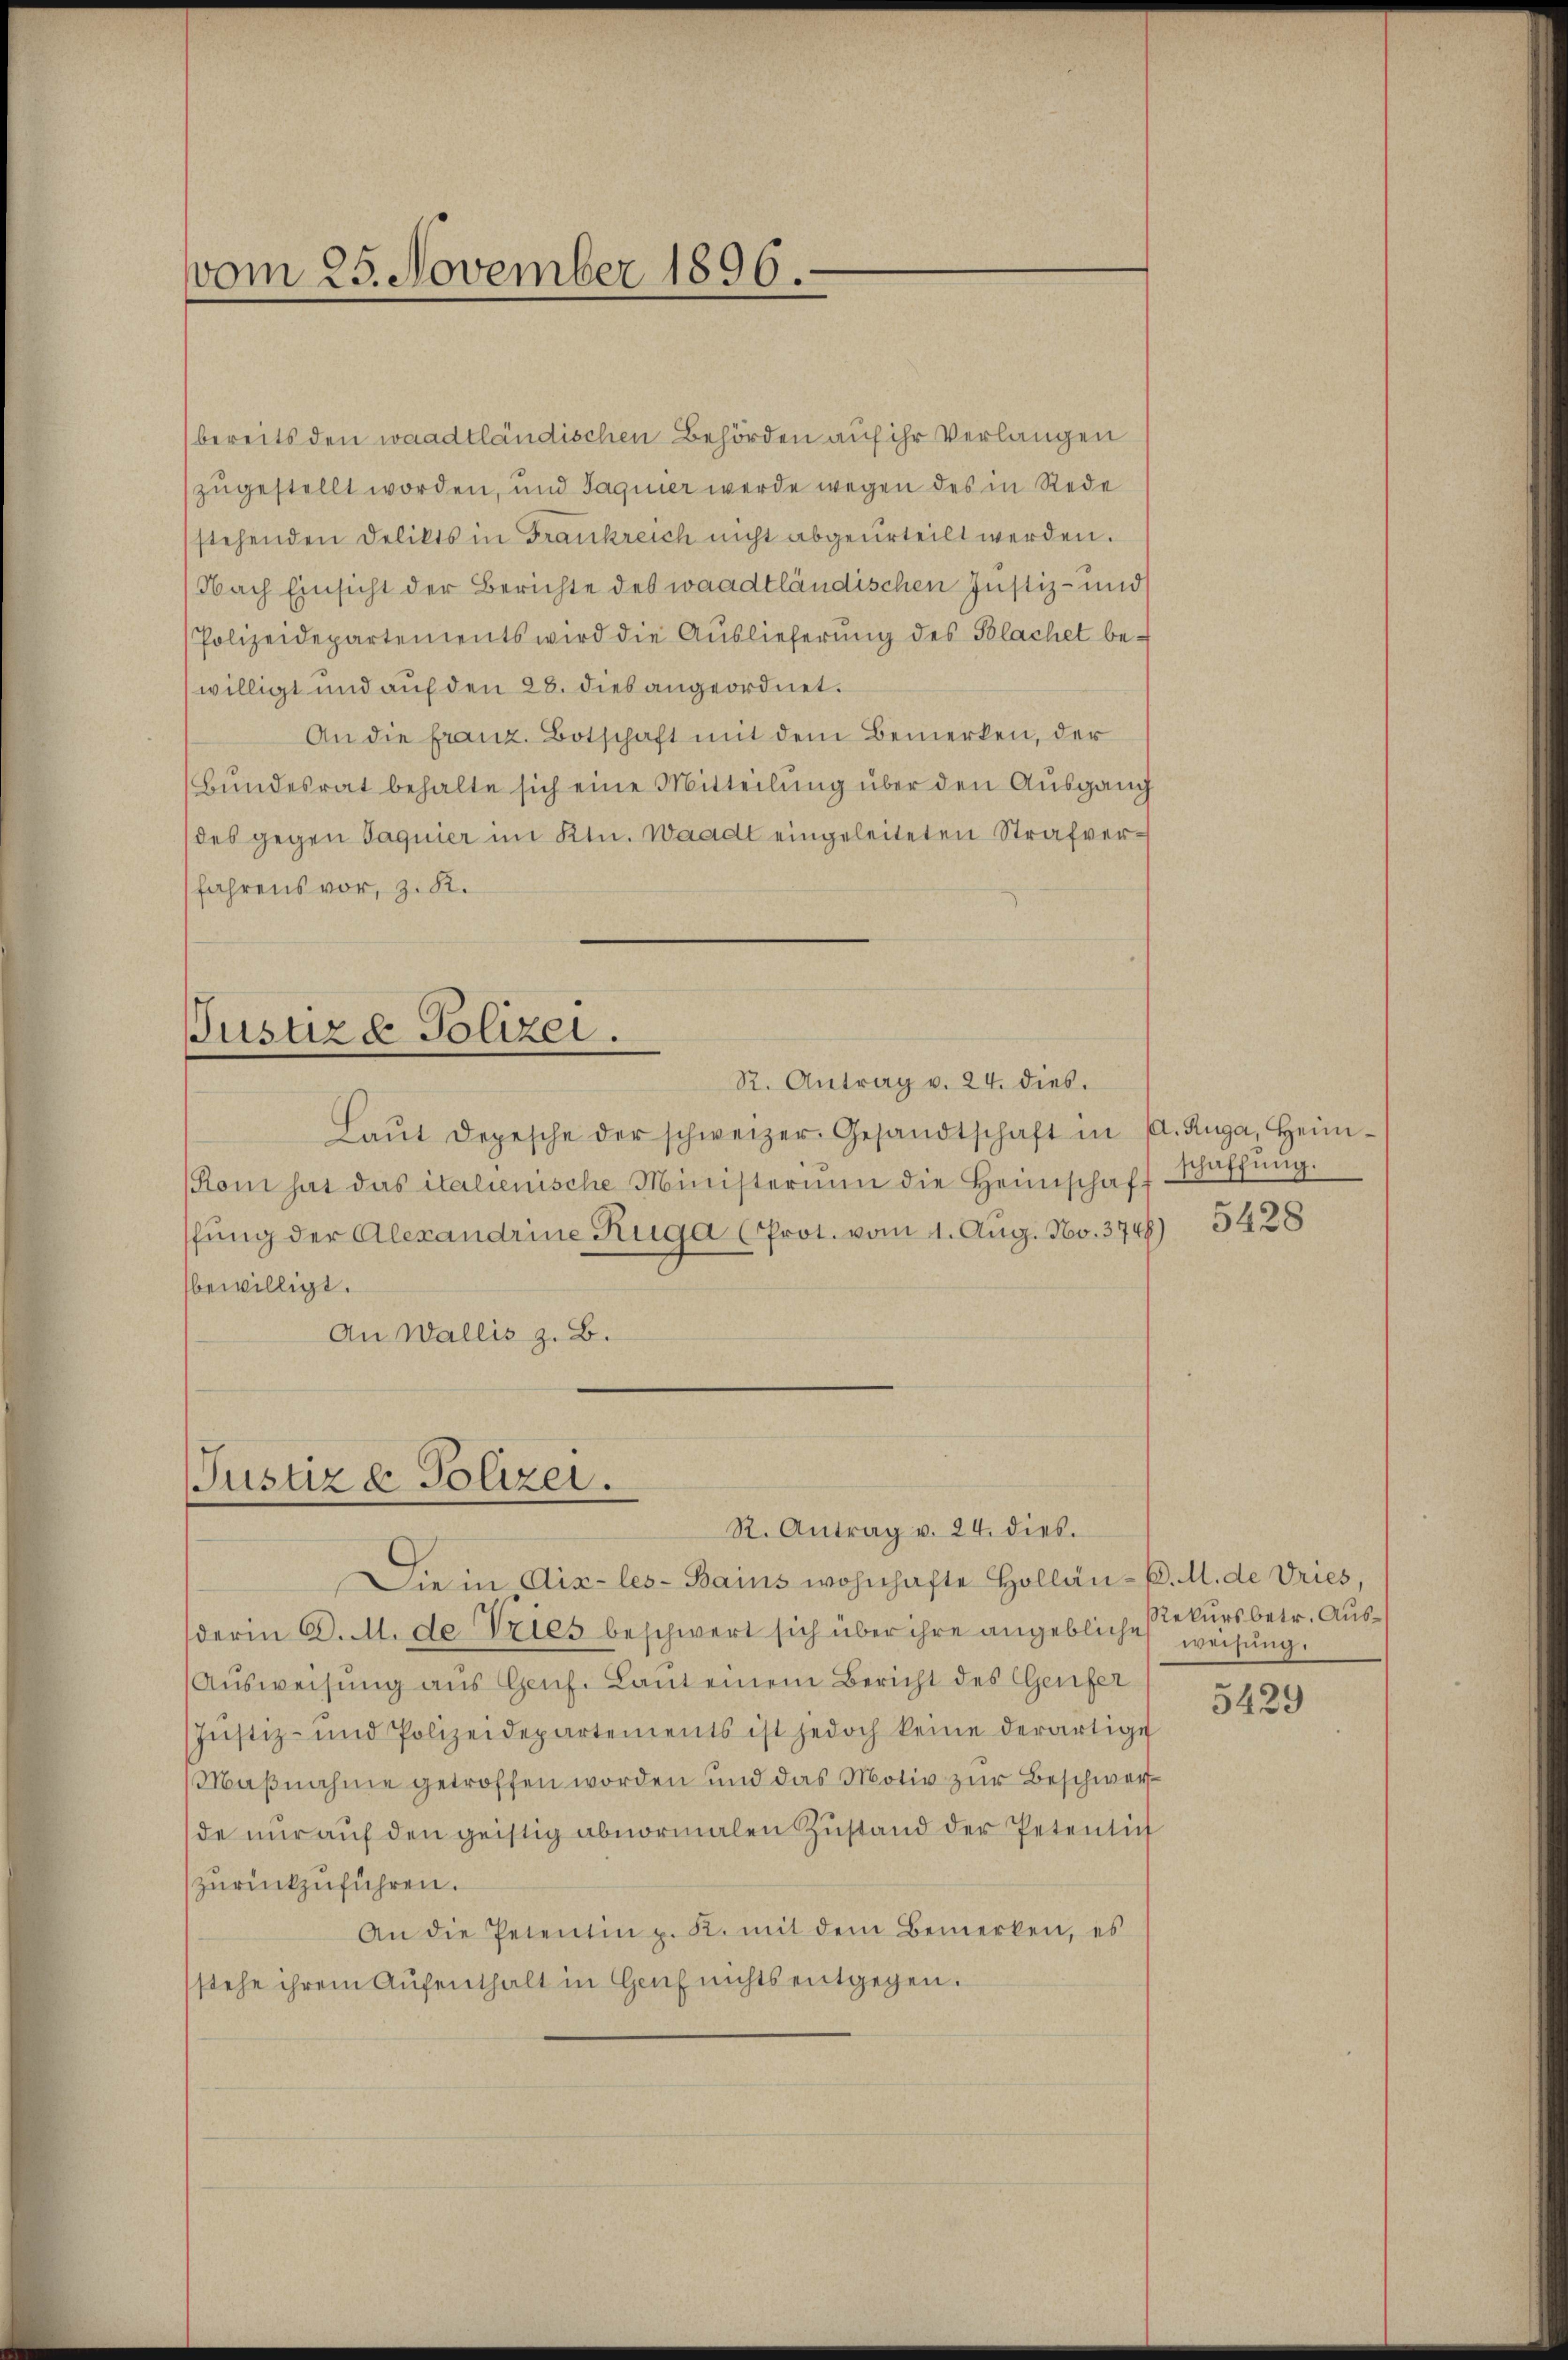
vom 25. November 1896.

bereits den waadtländischen Behörden auf ihr Verlangen
zugestellt worden, und Jaquier werde wegen des in Rede
stehenden Delikts in Frankreich nicht abgeurteilt werden.
Nach Einsicht der Berichte des waadtländischen Justiz- und
Polizeidepartements wird die Auslieferung des Blachet be-
willigt und auf den 28. dies angeordnet.
An die franz. Botschaft mit dem Bemerken, der
Bundesrat behalte sich eine Mitteilung über den Ausgang
des gegen Saguier im Ktn. Waadt eingeleiteten Strafverfahrens vor, z. K.

Justiz & Polizei.

Laŭt Depesche der schweizer. Gesandtschaft in A. Auga, Heim-
(Rom hat das italienische Ministerium die Heimschaff
ffung der Alexandrine Ruga (Prot. vom 1. Aug. No. 3748) 5428
bewilligt.
An Wallis z. B.

R. Antrag v. 24. dies.

Justiz & Polizei.
R. Antrag v. 24. dies.

Die in Aix-les-Bains wohnhafte Hollän-C. M. de Vries,
derin C. M. de Vries beschwert sich über ihre angebliche sekursbetr. Aus¬
Ausweisung aus Genf. Laut einem Bericht des Genfer
Justiz- und Polizeidepartements ist jedoch keine derartige
Maßnahme getroffen worden und das Motiv zur Beschwerde nŭr aŭf den geistig abnormalen Zustand der Petentich
zŭrückzuführen.
An die Petentin z. K. mit dem Bemerken, es
stehe ihrem Aŭfenthalt in Genf nichts entgegen.

schaffung.

weisung.

5429